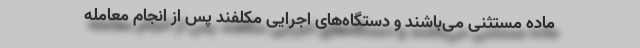
ماده مستثنی می‌باشند و دستگاه‌های اجرایی مکلفند پس از انجام معامله